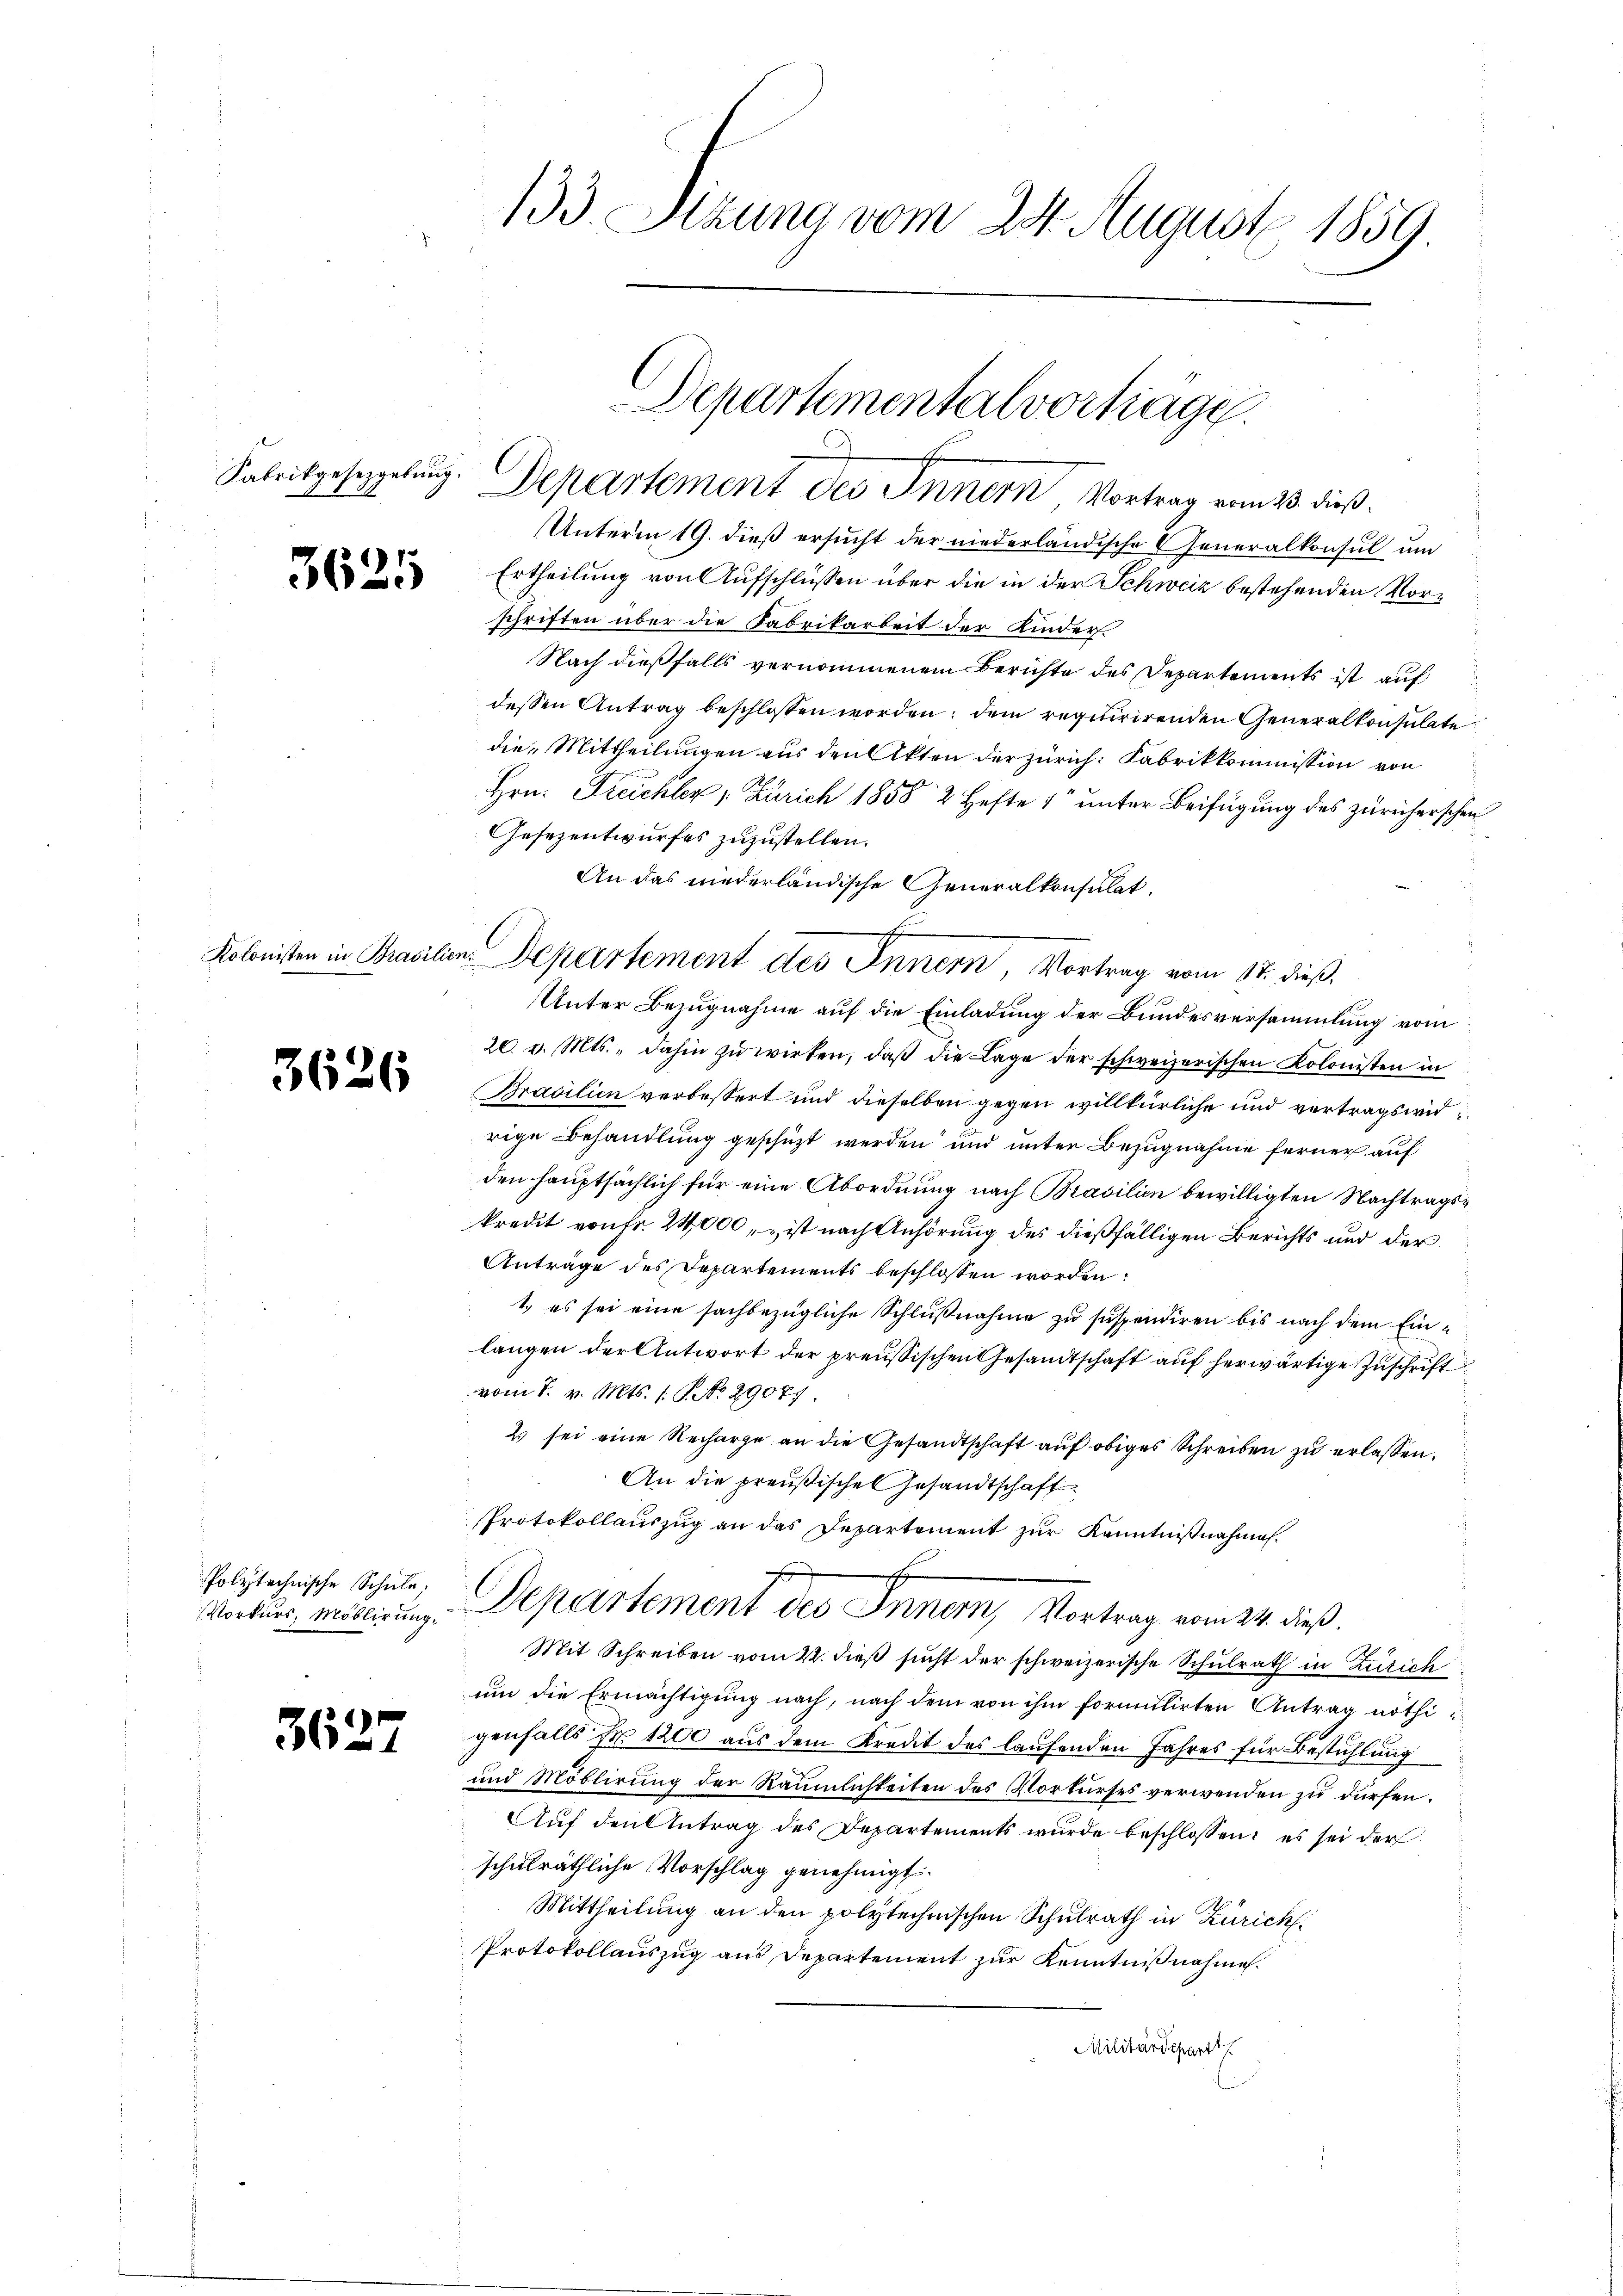
Kabrikgesetzgebung.

3625

3626

Polytechnische Schule.
Vorkurs, Möblirung.

3627

133. Sitzung vom 24. August 1859

Departementalverträge.
Departement des Innern, Vortrag vom 23. dieß

Unterm 19. dieß ersucht der niederländische Generalkonsul um
Ertheilung von Aufschlüssen über die in der Schweiz bestehenden Vorschriften über die Fabrikarbeit der Kinder¬
Nach dießfalls vernommenem Berichte des Departements ist auf
dessen Antrag beschlossen worden; dem regitirirenden Generalkonsulate
die Mittheilungen aus den Akten der Zürich: Fabrikkommission von
Hrn. Kreichler : Zürich 1858 2 Hefte 1 unter Beifügung des Züricherschen
Gesezentwurfes zuzustellen.
An das niederländische Generalkonsulat
Unter Bezugnahme auf die Einladung der Bundesversammlung vom
20. v. Mts., dahin zu wirken, daß die Lage der schweizerischen Kolonisten in
Brasilien verbessert und dieselben gegen willkürliche und vertragswidrige Behandlung geschüzt werden und unter Bezugnahme ferner auf
den hauptsächlich für eine Abordnung nach Brasilien bewilligten Nachtragskredit von Fr. 24,000, „ist nach Anhörung des dießfälligen Berichts und der
Anträge des Departements beschlossen worden:
1.) es sei eine sachbezügliche Schlußnahme zu suspendiren bis nach dem Einlangen der Antwort der preussischen Gesandtschaft auf herwärtige Zuschrift
vom 7. v. Mts. 1. P. No. 29079.
2 sei eine Recharge an die Gesandtschaft auf obiges Schreiben zu erlassen.
An die preußischen Gesandtschaft
Protokollauszug an das Departement zur Kenntnißnahmen.
Departement der Sonnement die
Mit Schreiben vom 22. dieß sucht der schweizerische Schulrath in Zürich
um die Ermächtigung nach, nach dem von ihm formittirten Antrag nöthigenfalls Nr. 1200 aus dem Kredit des laufenden Jahres für Bestühlung
und Möblirung der Räumlichkeiten des Vorkurses verwenden zu dürfen.
Auf den Antrag des Departements wurde beschlossen: es sei der
schulräthliche Vorschlag genehmigt.
Mittheilung an den polytechnischen Schulrath in Zürich
Protokollauszug aus Departement zur Kenntnißnahme.
Militärdepart

Kolonisten in Brasilien. Departement des Innern, Vortrag vom 17. dieß,